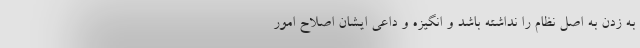
به زدن به اصل نظام را نداشته باشد و انگیزه و داعی ایشان اصلاح امور